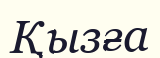
Қызға